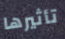
تأثيرها